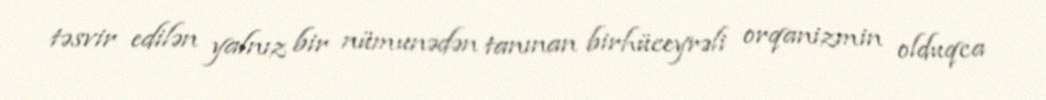
təsvir edilən yalnız bir nümunədən tanınan birhüceyrəli orqanizmin olduqca